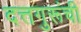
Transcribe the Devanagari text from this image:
दत्तगुरूंची